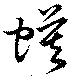
蟆